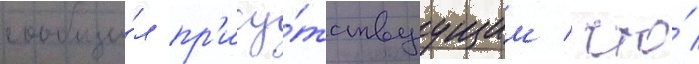
сообщи́л пр'ису́тствуущим / что́